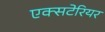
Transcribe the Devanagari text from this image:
एक्सटेरियर